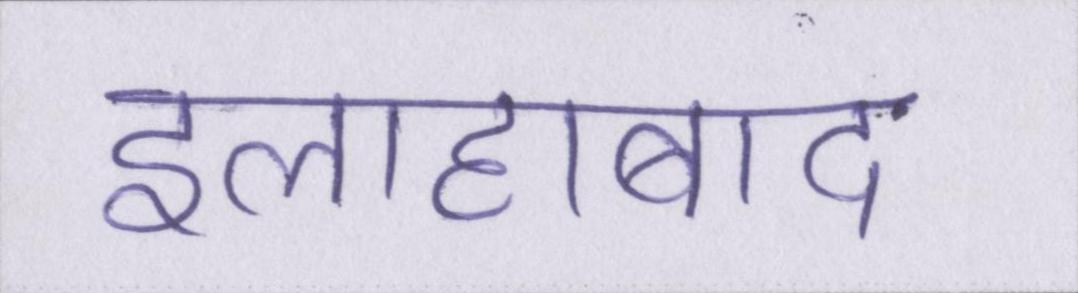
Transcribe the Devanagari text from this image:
इलाहाबाद